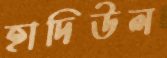
হাদিউল